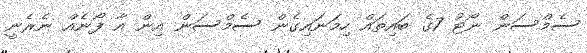
ސެމްސަން ނޯޓު 7ގެ ބައިތައް ހިމަނައިގެން ސެމްސަން އިން އާ ފޯނެއް ނެރެނީ